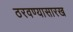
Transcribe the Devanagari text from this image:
ठरवण्यासारख